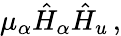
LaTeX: \mu_{\alpha}\hat{H}_{\alpha}\hat{H}_{u}\, ,